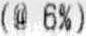
(@ 6%)